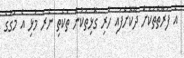
އެ ފަރާތްތަކަށް ދޫކޮށްފައި ހުރި ގޮޅިތަކުން ތަކެތި ނެރެ މުޅި އެ މަގުގެ